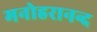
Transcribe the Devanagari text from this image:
मनोहरानन्द